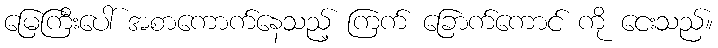
မြေကြီးပေါ် အစာကောက်နေသည့် ကြက် ခြောက်ကောင် ကို ငေးသည်။